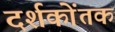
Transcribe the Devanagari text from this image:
दर्शकोंतक